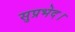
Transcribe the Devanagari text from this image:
सुप्रभेद।